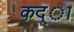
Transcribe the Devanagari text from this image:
कद्ा